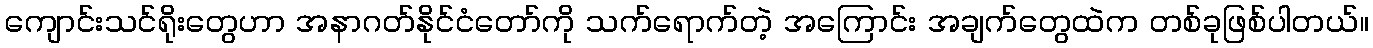
ကျောင်းသင်ရိုးတွေဟာ အနာဂတ်နိုင်ငံတော်ကို သက်ရောက်တဲ့ အကြောင်း အချက်တွေထဲက တစ်ခုဖြစ်ပါတယ်။